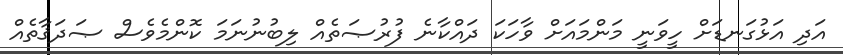
އަދި އަޅުގަނޑަށް ހީވަނީ މަންމައަށް ވާހަކަ ދައްކާނެ ފުރުޞަތެއް ލިބުނުނަމަ ކޮންމެވެސް ޞަދަޤާތެއް